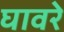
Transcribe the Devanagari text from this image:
घावरे